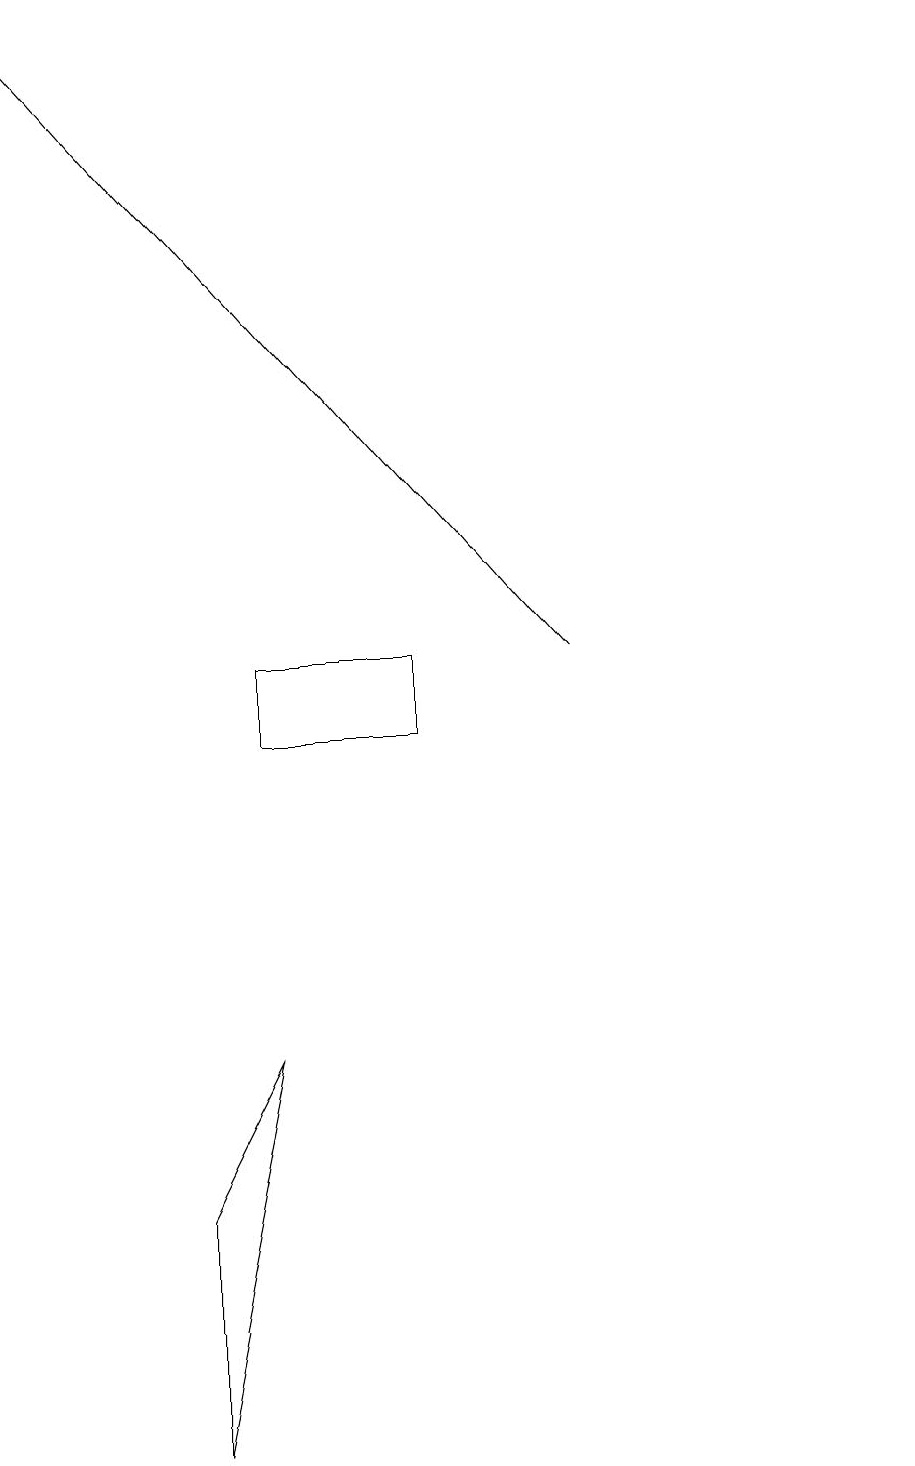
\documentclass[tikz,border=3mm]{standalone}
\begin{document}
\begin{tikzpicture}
\draw (2,1) -- (3,6) -- (2,4) -- cycle;
\draw (3,10) rectangle (5,11);
\draw[->] (7,11) -- (0,19);
\draw (11,10) circle (0);
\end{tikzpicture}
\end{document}